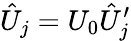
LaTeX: \hat{U}_{j}=U_{0}\hat{U}_{j}^{\prime}